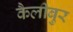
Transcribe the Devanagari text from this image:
कैलीबुर